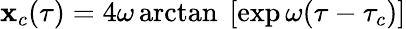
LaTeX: \mathbf{x}_{c}(\tau)=4\omega\arctan\ [\exp\omega(\tau-\tau_{c})]